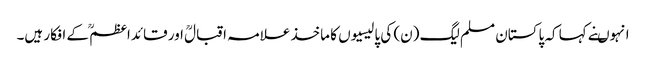
انہوںنے کہا کہ پاکستان مسلم لیگ (ن) کی پالیسیوں کا ماخذ علامہ اقبالؒ اور قائداعظمؒ کے افکار ہیں۔